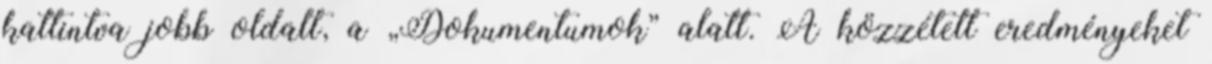
kattintva jobb oldalt, a „Dokumentumok” alatt. A közzétett eredményeket